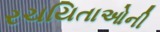
રચયિતાઓની